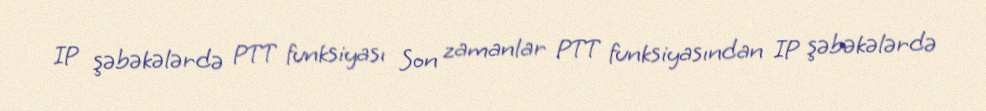
IP şəbəkələrdə PTT funksiyası Son zamanlar PTT funksiyasından IP şəbəkələrdə